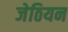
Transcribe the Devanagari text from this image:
जेठियन